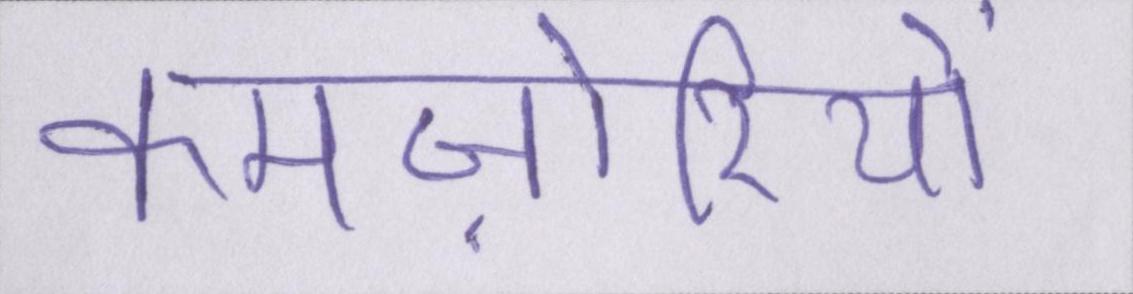
कमज़ोरियों